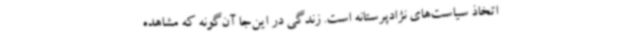
اتخاذ سیاست‌های نژادپرستانه است. زندگی در این‌جا آن‌گونه که مشاهده